Vaccination in Bombay 1874-1876 - 1874-1876
Year: 1874
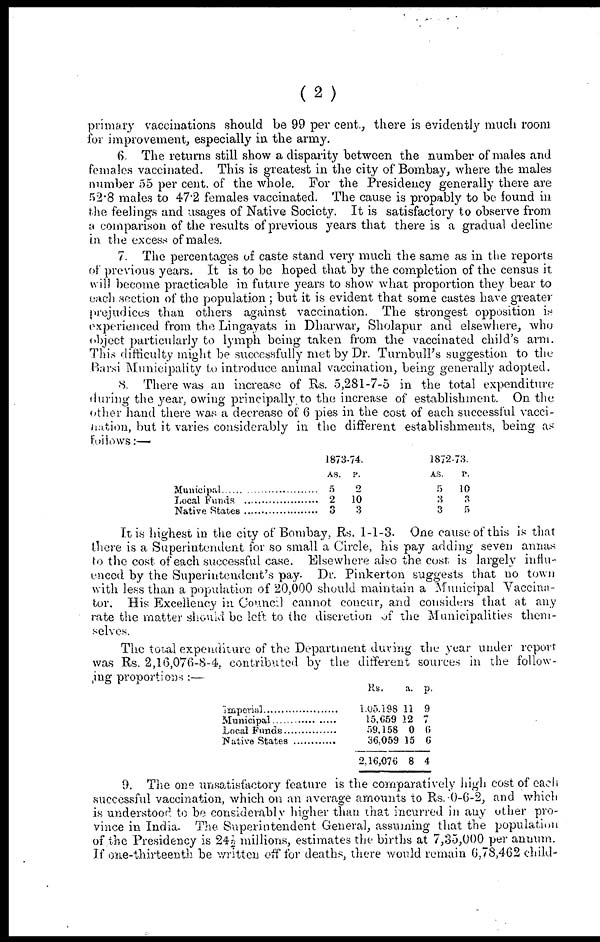
(2)
primary vaccinations should be 99 per cent., there is evidently much room
for improvement, especially in the army.
6. The returns still show a disparity between the number of males and
females vaccinated. This is greatest in the city of Bombay, where the males
number 55 per cent. of the whole. For the Presidency generally there are
52.8 males to 47.2 females vaccinated. The cause is propably to be found in
the feelings and usages of Native Society. It is satisfactory to observe from
a comparison of the results of previous years that there is a gradual decline
in the excess of males.
7. The percentages of caste stand very much the same as in the reports
of previous years. It is to be hoped that by the completion of the census it
will become practicable in future years to show what proportion they bear to
each section of the population ; but it is evident that some castes have greater
prejudices than others against vaccination. The strongest opposition is
experienced from the Lingayats in Dharwar, Sholapur and elsewhere, who
object particularly to lymph being taken from the vaccinated child's arm.
This difficulty might be successfully met by Dr. Turnbull's suggestion to the
Barsi Municipality to introduce animal vaccination, being generally adopted.
8. There was an increase of Rs. 5,281-7-5 in the total expenditure
during the year, owing principally to the increase of establishment. On the
other hand there was a decrease of 6 pies in the cost of each successful vacci-
nation, but it varies considerably in the different establishments, being as
follows:—
Municipal ............................
Local Fund ........................
Native States .....................
1873-74.
AS.
5
2
3
P.
2
10
3
1872-73.
AS.
5
3
3
P.
10
3
5
It is highest in the city of Bombay, Rs. 1-1-3. One cause of this is that
there is a Superintendent for so small a Circle, his pay adding seven annas
to the cost of each successful case. Elsewhere also the cost is largely influ-
enced by the Superintendent's pay. Dr. Pinkerton suggests that no town
with less than a population of 20,000 should maintain a Municipal Vaccina-
tor. His Excellency in Council cannot concur, and considers that at any
rate the matter should be left to the discretion of the Municipalities them-
selves.
The total expenditure of the Department during the year under report
was Rs. 2,16,076-8-4, contributed by the different sources in the follow-
ing proportions :—
Imperial .................
Municipal ..............
Local Funds ..........
Native States .........
Rs.
1,05,198
15,659
59,158
36,059
2,16,076
a.
11
12
0
15
8
p.
9
7
6
6
4
9. The one unsatisfactory feature is the comparatively high cost of each
successful vaccination, which on an average amounts to Rs. 0-6-2, and which
is understood to be considerably higher than that incurred in any other pro-
vince in India. The Superintendent General, assuming that the population
of the Presidency is 24½ millions, estimates the births at 7,35,000 per annum.
If one-thirteenth be written off for deaths, there would remain 6,78,462 child¬